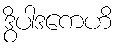
ဒွိပါဒကေဟိ